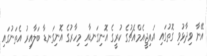
އޭނާ ވިދާޅުވި ގޮތުގައި އައިޖީއެމްއެޗުގެ ކުރީގެ އޮނިގަނޑާއި މިހާރުގެ އޮނިގަނޑާ ބަލާއިރު އެތަނުގައި